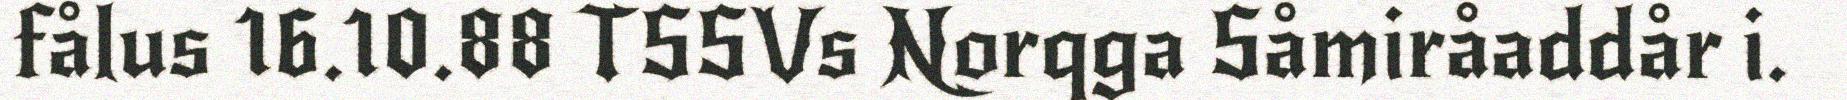
fålus 16.10.88 TSSVs Norqga Såmiråaddår i.